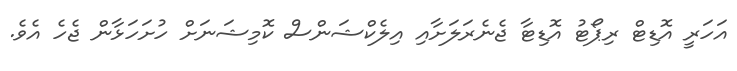
އަހަރީ އޮޑިޓް ރިޕޯޓު އޮޑިޓާ ޖެނެރަލަށާއި އިލެކްޝަންސް ކޮމިޝަނަށް ހުށަހަޅާން ޖެހެ އެވެ.